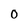
Character: 0